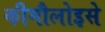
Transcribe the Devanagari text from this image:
कीगौलोइसे